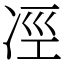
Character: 𠗊